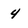
Character: 4